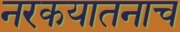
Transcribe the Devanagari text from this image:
नरकयातनाच